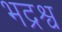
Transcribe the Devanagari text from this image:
भद्रश्व